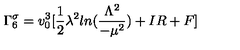
\Gamma _ { 6 } ^ { \sigma } = v _ { 0 } ^ { 3 } [ \frac { 1 } { 2 } \lambda ^ { 2 } l n ( \frac { \Lambda ^ { 2 } } { - \mu ^ { 2 } } ) + I R + F ]